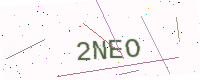
Text: 2NEO